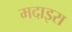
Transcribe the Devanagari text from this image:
मदाइरा